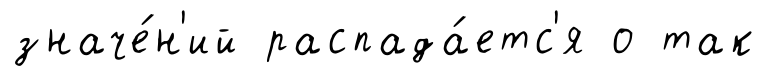
значе́н'ий распада́етс'я о так